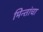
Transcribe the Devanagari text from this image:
मिन्तांचा